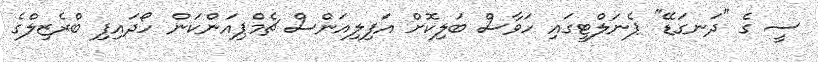
ސީ ގެ "ދަނގަޑޭ" ޕެނަލްޓީގައި ހަވާސް ބަލިކޮށް އަފިލިއަންސް ޗެމްޕިއަންކަން ހޯދައިފި ބްރެޒިލްގެ